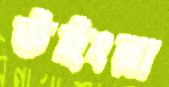
উইংরা